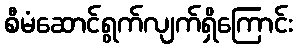
စီမံဆောင်ရွက်လျက်ရှိကြောင်း